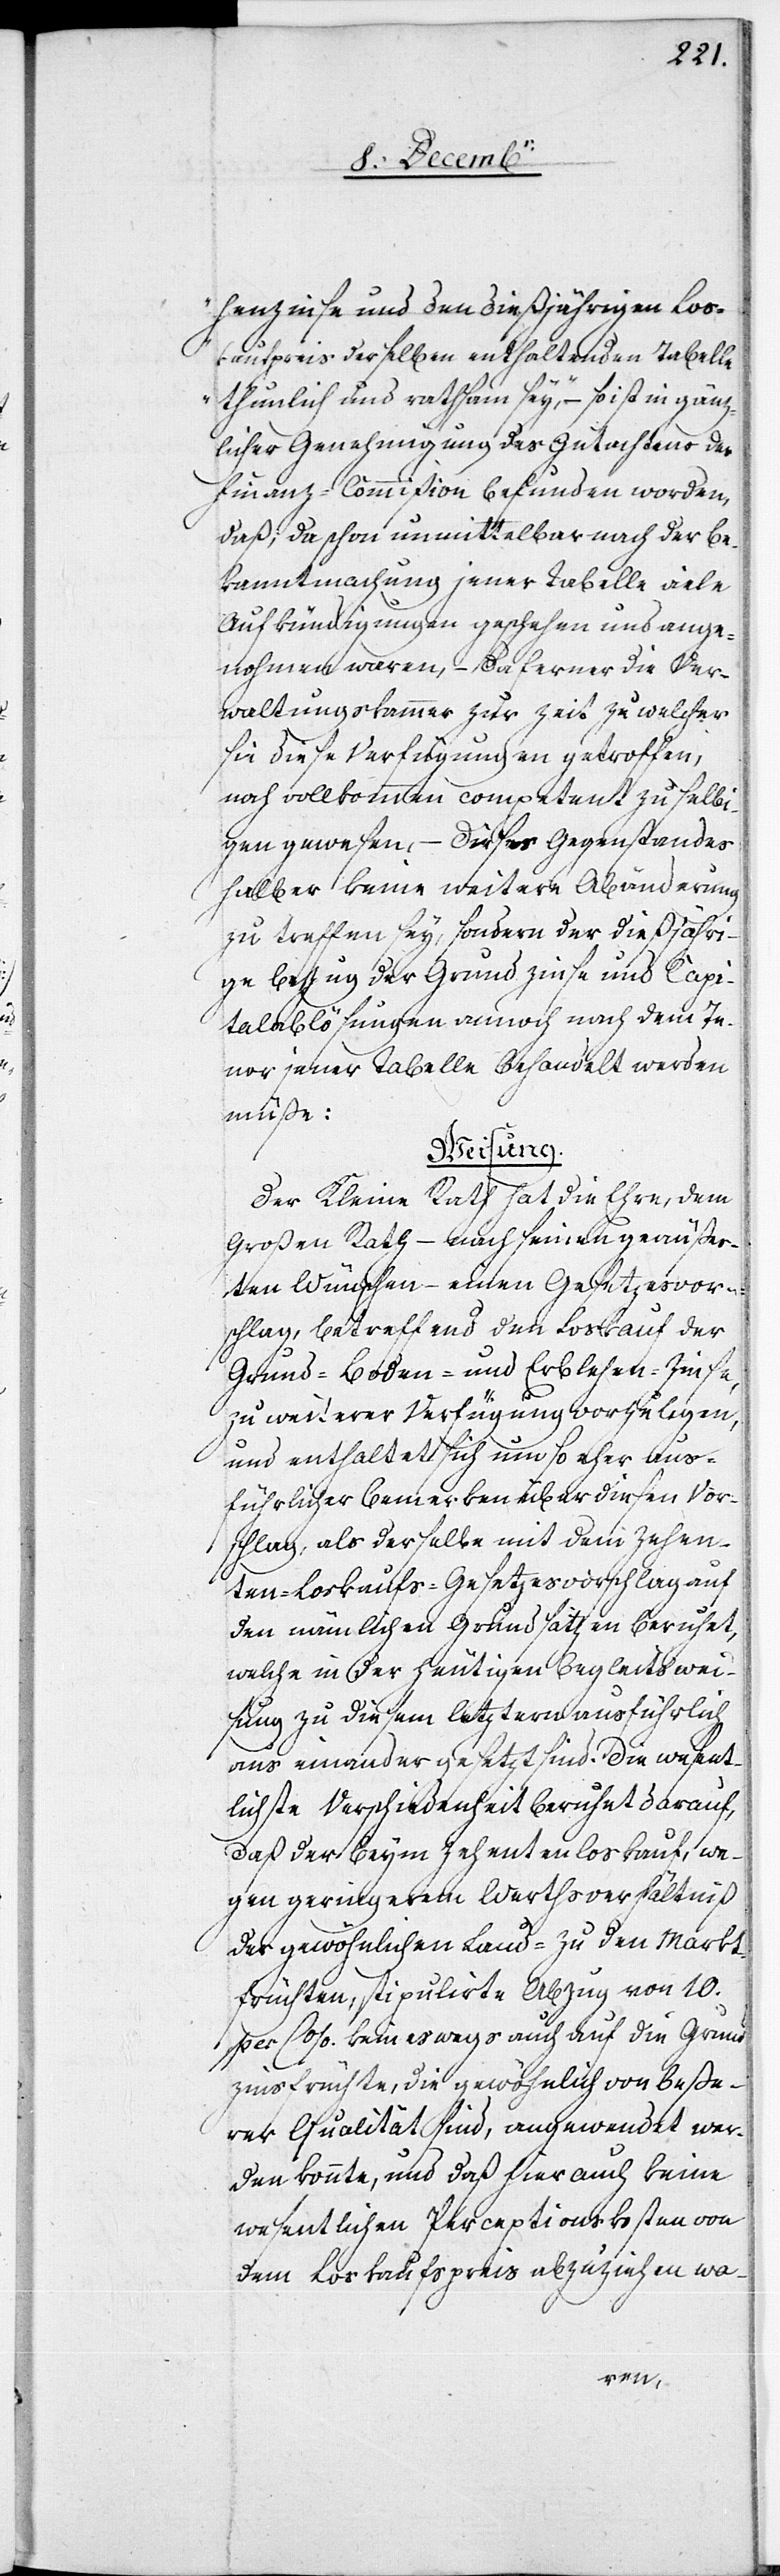
henzinse und den dießjährigen Los¬
kaufpreis derselben enthaltenden Tabelle
thunlich und rathsam sey,“ – so ist in gänz¬
licher Genehmigung des Gutachtens der
Finanz-Commißion befunden worden,
daß, da schon unmittelbar nach der Be¬
kanntmachung jener Tabelle viele
Aufkündigungen geschehen und ange¬
nohmen waren, – da ferner die Ver¬
waltungskammer zur Zeit zu welcher
sie diese Verfügungen getroffen,
noch vollkommen competent zu selbi¬
gen gewesen, – dieses Gegenstandes
halber keine weitere Abänderung
zu treffen sey, sondern der dießjähri¬
ge Bezug der Grundzinse und Capi¬
talablösungen annoch nach dem Te¬
nor jener Tabelle behandelt werden
müße:
Weisung.
Der Kleine Rath hat die Ehre, dem
Großen Rath – nach seinen geäußer¬
ten Wünschen – einen Gesetzesvor¬
schlag, betreffend den Loskauf der
Grund-[,] Boden- und Erblehen-Zinse,
zu weiterer Verfügung vorzulegen,
und enthaltet sich um so eher aus¬
führlicher Bemerken über diesen Vor¬
schlag, als derselbe mit dem Zehen¬
ten-Loskaufs-Gesetzesvorschlag auf
den nämlichen Grundsätzen beruhet,
welche in der heutigen Begleitswei¬
sung zu diesem letztern ausführlich
aus einander gesetzt sind. Die wesent¬
lichste Verschiedenheit beruhet darauf,
daß der beym Zehentenloskauf, we¬
gen geringerem Werthsverhältniß
der gewöhnlichen Land- zu den Markt¬
früchten, stipulirte Abzug von 10.
per C%. keineswegs auch auf die Grund¬
zinsfrüchte, die gewöhnlich von beße¬
rer Qualität sind, angewendet wer¬
den könnte, und daß hier auch keine
wesentlichen Perceptionskosten von
dem Loskaufspreis abzuziehen wa-